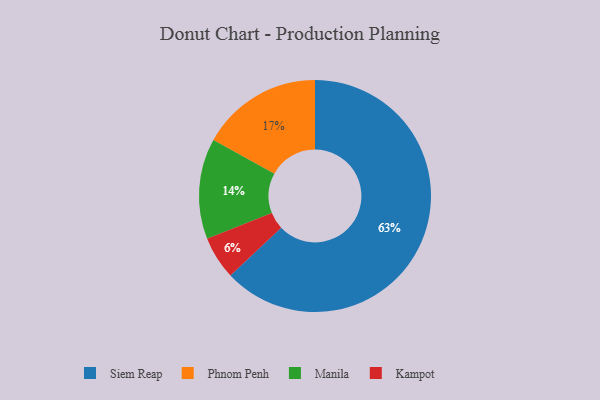
{"axis": {"x": "Category", "y": "Percentage"}, "legend": ["Kampot", "Manila", "Phnom Penh", "Siem Reap"], "data": [{"x": "Phnom Penh", "y": 17, "type": "Phnom Penh"}, {"x": "Manila", "y": 14, "type": "Manila"}, {"x": "Kampot", "y": 6, "type": "Kampot"}, {"x": "Siem Reap", "y": 63, "type": "Siem Reap"}]}